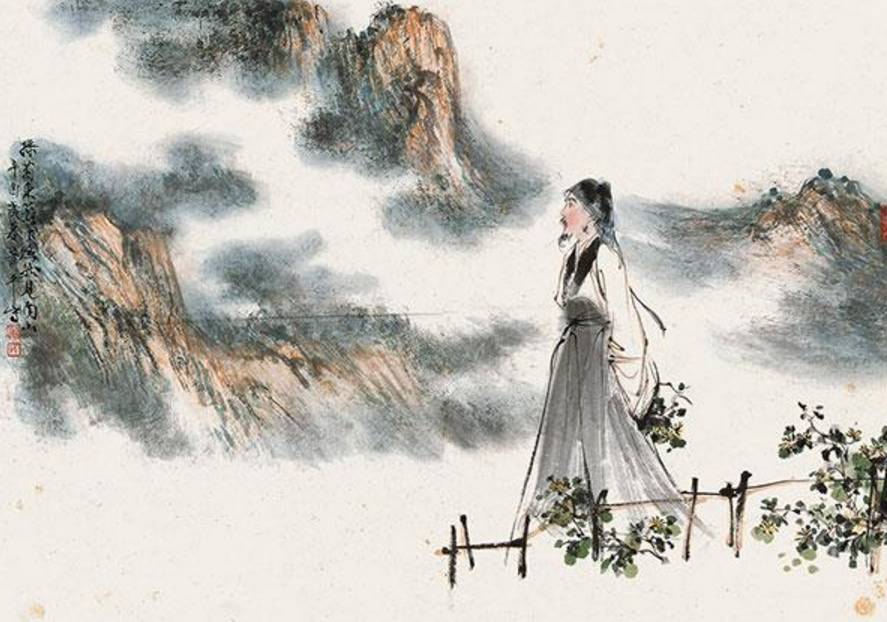
采菊东篱下，悠然见南山。